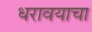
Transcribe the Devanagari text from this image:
धरावयाचा